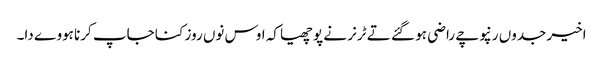
اخیر جدوں رنپوچے راضی ہو گئے تے ٹرنر نے پوچھیا کہ اوس نوں روز کنا جاپ کرنا ہووے دا۔